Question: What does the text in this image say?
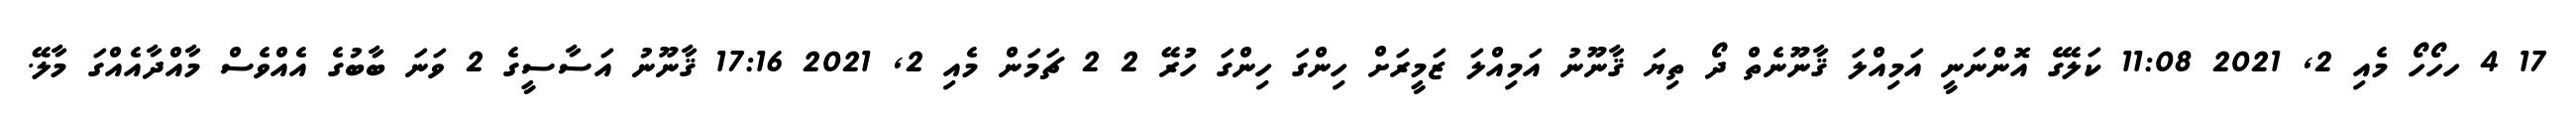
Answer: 17 4 ހހޯހޯ މެއި 2, 2021 11:08 ކަލޭގެ އޮންނަނީ އަމިއްލަ ޤާނޫނެތް ދޯ ތިޔަ ޤާނޫނު އަމިއްލަ ޒަމީރަށް ހިންގަ ހިންގަ ހުރޭ 2 2 ޗަމަން މެއި 2, 2021 17:16 ޤާނޫނު އަސާސީގެ 2 ވަނަ ބާބުގެ އެއްވެސް މާއްދާއެއްގަ މާލޭ.